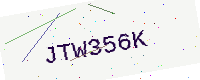
Text: JTW356K